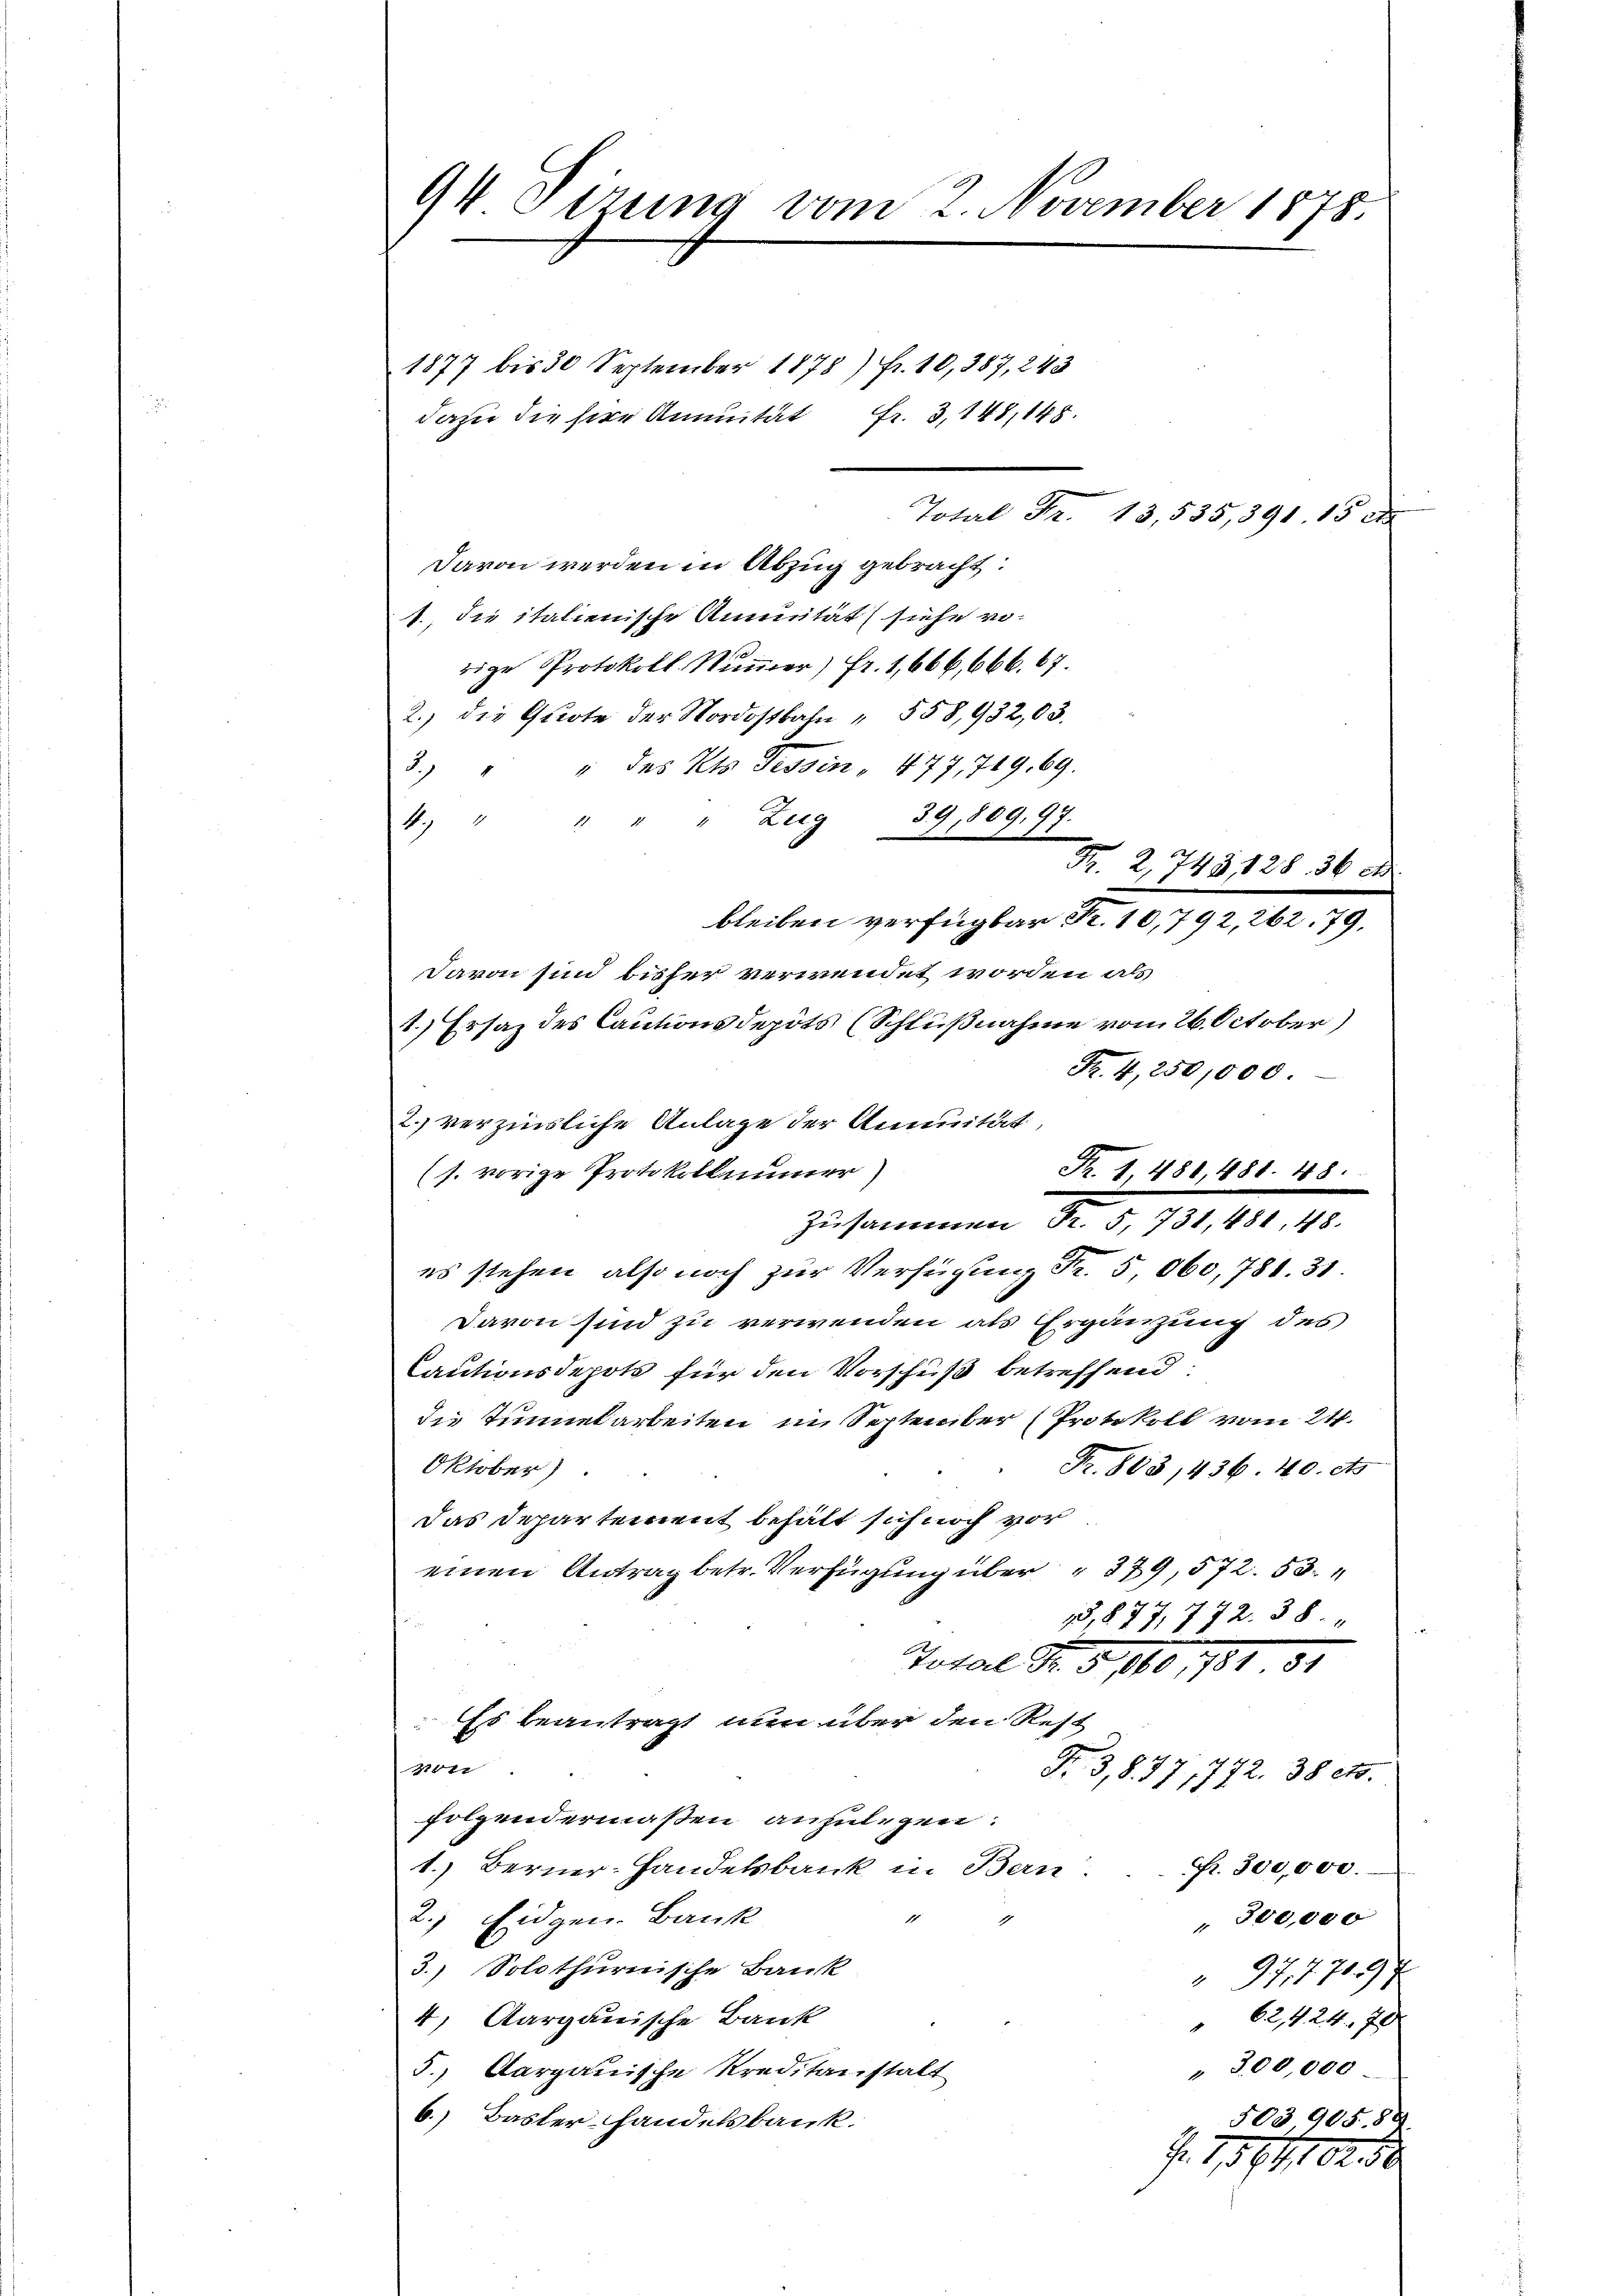
94 Sizung vom 2. November 1875.

dazu die Herr Ammitat Fr. 3, 148, 148.
Davon werden in Abzug gebracht:
1., die italienische Annuität (siehe vorige Protokoll. Nummer) fr. 1,666,666. 67.
2.) die Quote der Nordostbahn " 558,932,03.
3. " " des Kts. Tessin . 477, 719. 69.
" Zug 39, 809,97.
4. 44 x
Davon sind bisher verwendet worden als
1.) Ersatz des Cautionsdepots (Schlußnahme vom 26. October)
Fr. 4,250,000.
2. verzinsliche Anlage der Annuität,
(s. vorige Protokollimmer)
es stehen, also noch zur Verfügung Fr. 5,060,781. 31.
Davon sind zu verwenden als Ergänzung des
Cautionsdepots für den Vorschuß betreffend:
die Tunnelarbeiten im September (Protokoll vom 24.
Oktober)
Fr. 803,436. 40. ets
Das Departement behält sich noch vor
einen Antrag betr. Verfügung über " 379, 572. 53.
15,877, 772. 38.
Total Fr. 3, 1860, 1751
Es beantragt nun über den Rest
1101.
Fr. 3,877, 772. 38 ets.
folgendermaßen anzulegen.
1.) Berner-Handelsbank in Bern.
Fr. 300,000.
1
2.) Eidgen. Bank
" 300,000
3.) Solothurnische Bank
97,77097
4) Aargauische Bank
62, 24. 70
1
" 300,000
5., Aargauische Kreditanstalt
6.) Basler Handelsbank.
50390588
. 1561, 102. 50

1877 bis 30 September 1878) Fr. 10, 387, 243

Total Fr. 13,535, 391. 15 d

Fr. 2, 743 128. 36 d
bleiben verfügbar Fr. 10,792, 262. 79.

Fr. 1, 480, 481. 48
zusammen d. d. 191. 42, 15.